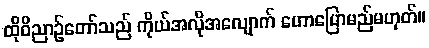
ထိုဝိညာဉ်တော်သည် ကိုယ်အလိုအလျောက် ဟောပြောမည်မဟုတ်။